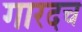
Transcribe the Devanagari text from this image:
गारदच